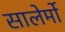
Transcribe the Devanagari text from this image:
सालेर्मो